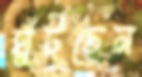
ঘুঁটছেন